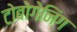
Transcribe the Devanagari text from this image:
टोबोगेनिंग